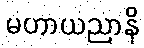
မဟာယညာနိ